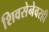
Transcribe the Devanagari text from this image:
शिवसेनेवरही